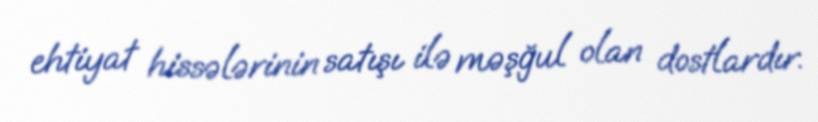
ehtiyat hissələrinin satışı ilə məşğul olan dostlardır.